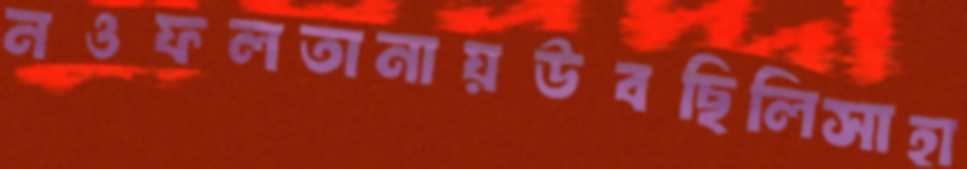
নওফলতানায়উবছিলিসাহা